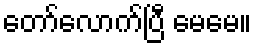
တော်လောက်ပြီ မေမေ။